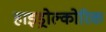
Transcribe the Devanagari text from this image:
हाइड्रोल्कोरिक